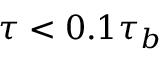
\tau < 0 . 1 \tau _ { b }